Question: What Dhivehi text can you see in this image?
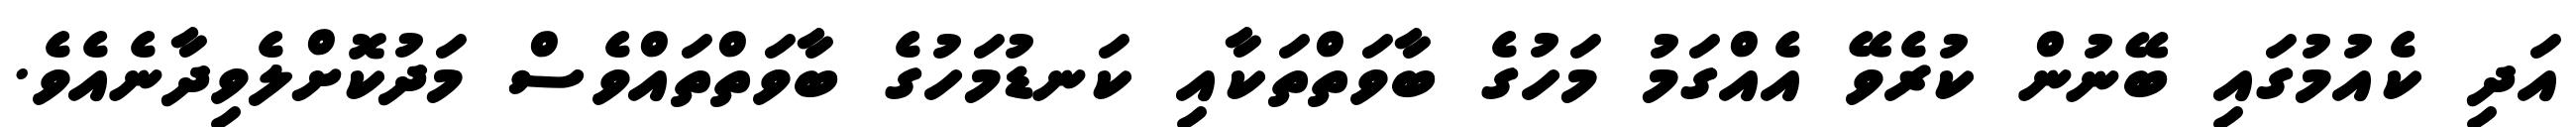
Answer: އަދި ކެއުމުގައި ބޭނުން ކުރެވޭ އެއްގަމު މަހުގެ ބާވަތްތަކާއި ކަނޑުމަހުގެ ބާވަތްތައްވެސް މަދުކޮށްލެވިދާނެއެވެ.